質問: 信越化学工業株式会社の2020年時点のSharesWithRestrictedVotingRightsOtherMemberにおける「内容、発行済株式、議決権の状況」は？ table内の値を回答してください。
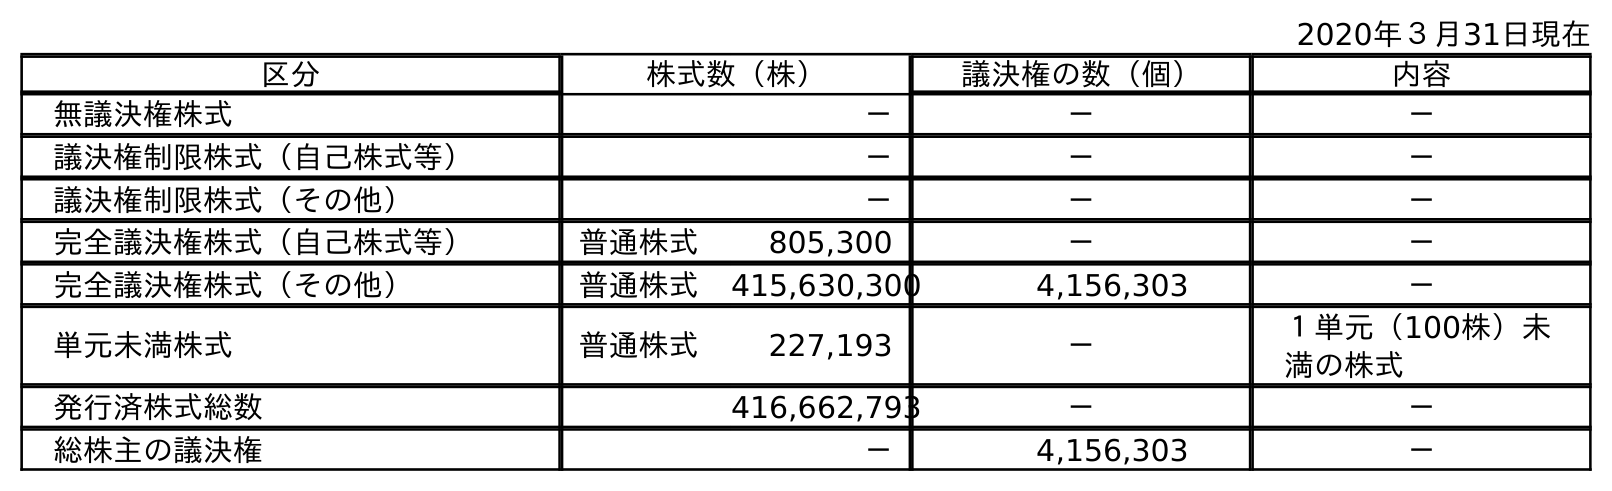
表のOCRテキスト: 2020年３月31日現在 区分 株式数（株） 議決権の数（個） 内容 無議決権株式 － － － 議決権制限株式（自己株式等） － － － 議決権制限株式（その他） － － － 完全議決権株式（自己株式等） 普通株式 805,300 － － 完全議決権株式（その他） 普通株式 415,630,300 4,156,303 － 単元未満株式 普通株式 227,193 － １単元（100株）未 満の株式 発行済株式総数 416,662,793 － － 総株主の議決権 － 4,156,303 －
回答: －